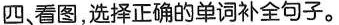
四、看图,选择正确的单词补全句子。